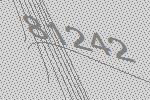
81242